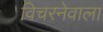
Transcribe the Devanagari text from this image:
विचरनेवाला